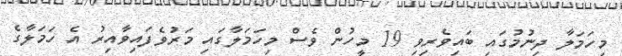
މިހަމަލާ ދިނުމުގައި ބައިވެރިވި 19 މީހުން ވެސް މިހަމަލާގައި މަރުވެފައިވާއިރު އެ ހަމަލާގެ